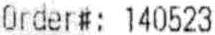
ORDER#: 140523